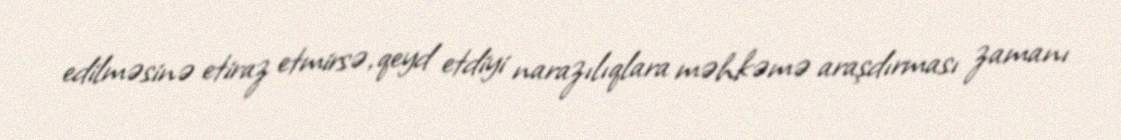
edilməsinə etiraz etmirsə, qeyd etdiyi narazılıqlara məhkəmə araşdırması zamanı